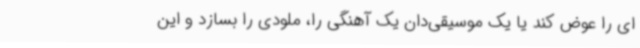
ای را عوض کند یا یک موسیقی‌دان یک آهنگی را، ملودی را بسازد و این